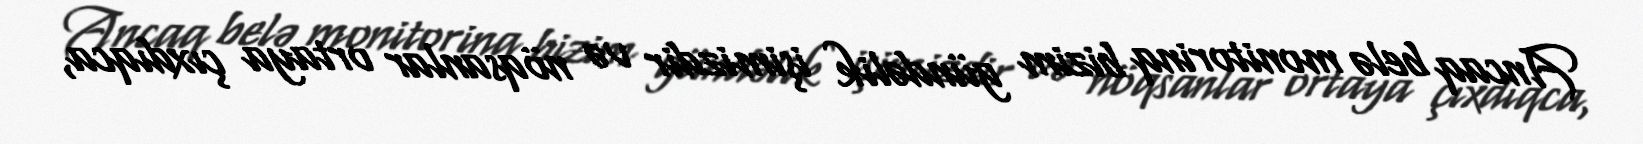
Ancaq belə monitorinq bizim gündəlik işimizdir və nöqsanlar ortaya çıxdıqca,